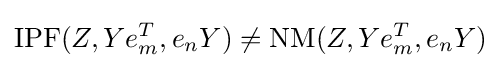
{\text{IPF}}(Z,Ye_{m}^{T},e_{n}Y)\neq {\text{NM}}(Z,Ye_{m}^{T},e_{n}Y)